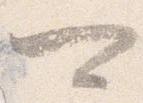
可